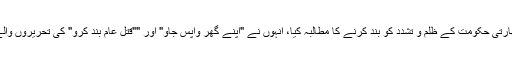
مظاہرین نے کشمیریوں پر بھارتی حکومت کے ظلم و تشدد کو بند کرنے کا مطالبہ کیا، انہوں نے "اپنے گھر واپس جاو" اور ""قتل عام بند کرو" کی تحریروں والے پلے کارڈ اٹھا رکھے تھے۔